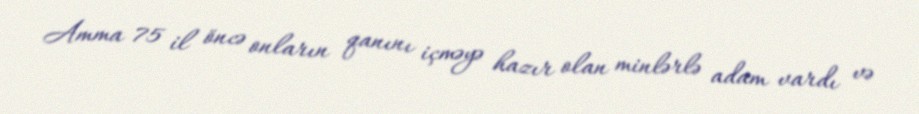
Amma 75 il öncə onların qanını içməyə hazır olan minlərlə adam vardı və